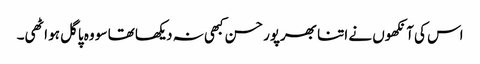
اس کی آنکھوں نے اتنا بھرپور حسن کبھی نہ دیکھا تھا سو وہ پاگل ہو اٹھی۔